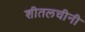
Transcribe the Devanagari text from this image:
शीतलचीनी